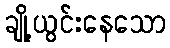
ချို့ယွင်းနေသော